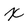
Character: X